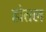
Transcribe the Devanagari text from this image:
होतल